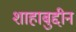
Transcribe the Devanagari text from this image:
शाहाबुद्दीन